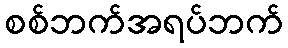
စစ်ဘက်အရပ်ဘက်